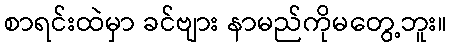
စာရင်းထဲမှာ ခင်ဗျား နာမည်ကိုမတွေ့ဘူး။